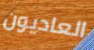
العاديون